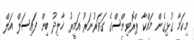
މިކަމާ ގުޅިގެން މައްކާ ޕްރޮވިންސްގެ ގަވަރުނަރު އަމީރު ޚާލިދު ބިން ފައިސަލް އަލް